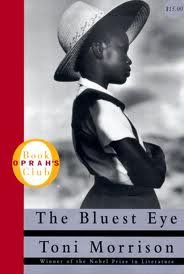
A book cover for The Bluest Eye Publisher: Knopf; Toni Morrison; Engineering & Transportation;